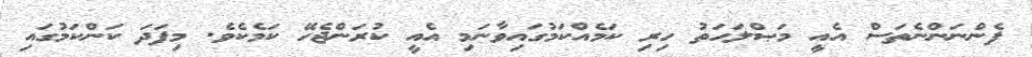
ފެންނަންނެތަސް އެއީ މަޞްލަޙަތު ހިރި ކަމެއްކަމުގައިވާނަމި އެއީ ކުރަންޖެހޭ ކަމެކެވެ. މިފަދަ ކަންކަމުގައި